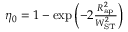
\begin{array} { r } { \eta _ { 0 } = 1 - \exp \left( - 2 \frac { R _ { \mathrm { a p } } ^ { 2 } } { W _ { \mathrm { S T } } ^ { 2 } } \right) } \end{array}